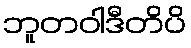
ဘူတဝါဒီတိပိ